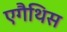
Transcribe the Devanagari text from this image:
एगैथिस